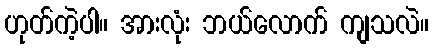
ဟုတ်ကဲ့ပါ။ အားလုံး ဘယ်လောက် ကျသလဲ။